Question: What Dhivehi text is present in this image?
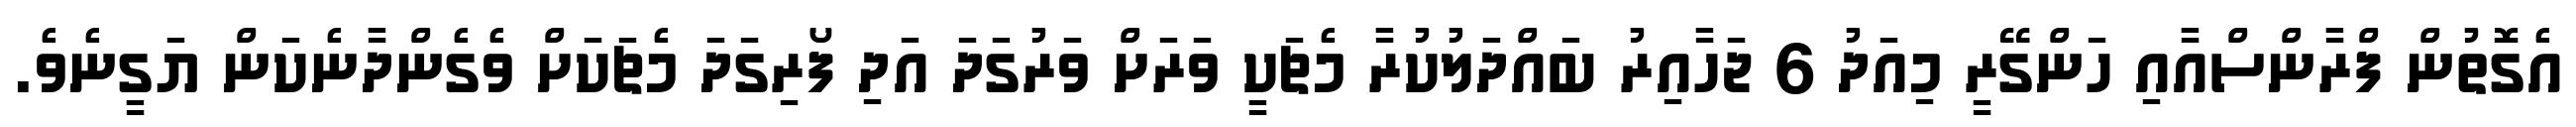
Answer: އެގޮތުން ފްރާންސްއާއި ހަންގޭރީ މިއަދު 6 ޖަހާއިރު ބައްދަލުކުރާ މެޗަކީ ވަރަށް ވަރުގަދަ އަދި ފޯރިގަދަ މެޗަކަށް ވެގެންދާނެކަން ޔަގީނެވެ.